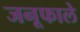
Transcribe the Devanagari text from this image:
जनूफाले